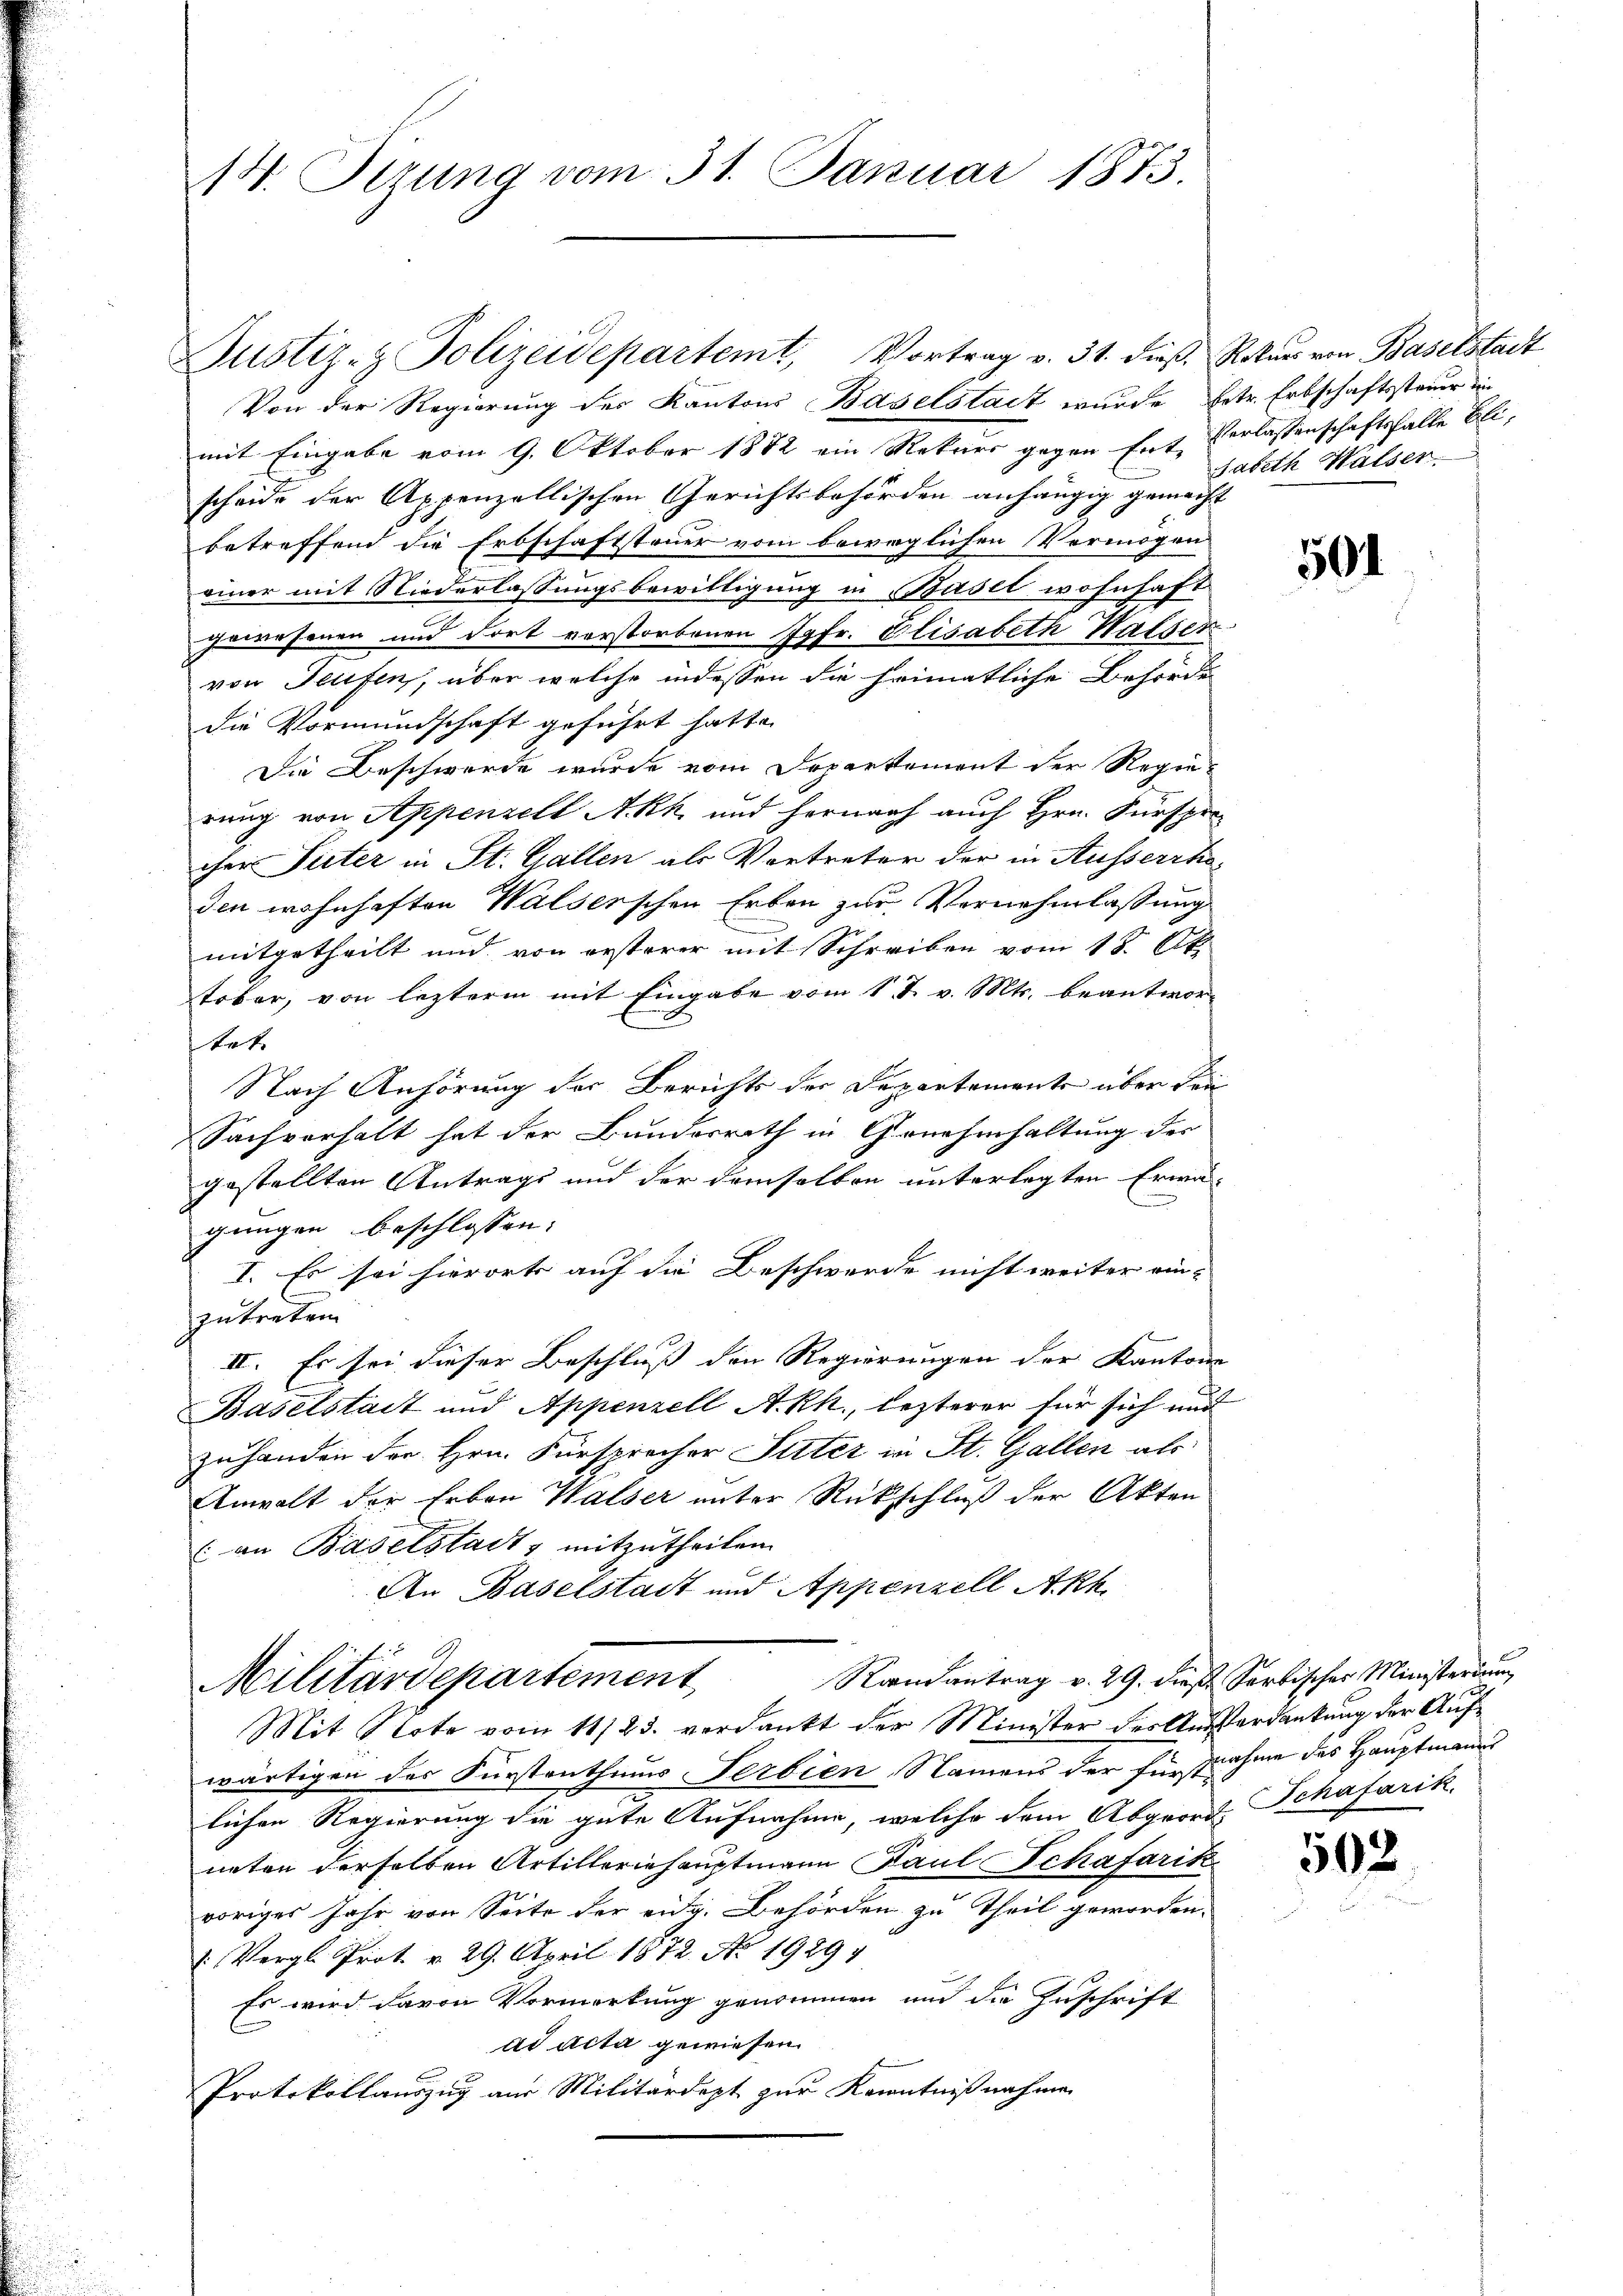
14. Derung vom 31. Januar 1873.

Justiz- & Polizeidepartemt, Vortrag v. 31. dieß, Rekurs von Baselstadt
Von der Regierung der Kantons Baselstadt wurde betr. Erbschaftssteuer die
mit Eingabe vom 9. Oktober 1882 ein Rekurs gegen Ent Verlassenschaftsfalle Blischeide der Appenzellischen Gerichtsbehörden anhängig gemacht
betreffend die Erbschaftsteuer vom beweglichen Vermögen
einer mit Niederlassungsbewilligung in Basel wohnhaft
gewesenen und Fort vorstorbenen Jgfr. Elisabeth Walser
von Teufen, über welche indessen die heimatliche Behörde
die Vormundschaft geführt hatte.
Die Beschwerde wurde vom Departement der Regierung von Appenzell A.Rh. und hernach auch Hrn. Fürspre
cher Pieter in St. Gallen als Vortreter der in Ausserrhoden wohnhaften Walserschen Erben zur Vernehmlassung
mitgetheilt und von ersterer mit Schreiben vom 18. Ok
tober, von lezterm mit Eingabe vom 1 t v. Mts. beantwortat.
Nach Anhörung der Berichts der Departemente über den
Sachverhalt hat der Bundesrath in Genehmhaltung der
gestellten Antrags und der demselben unterlegten Erwä-
gungen beschlossen:
I. Es sei hierort auf die Beschwerde nicht weiter ein-
zutreten
II. Es sei dieser Beschluss den Regierungen der Kanton
Baselstadt und Appenzell A.-Rh., lezterer für sich und
zuhanden der Hrn. Fürsprecher Suter in St. Gallen als
Anwalt der Erben Walser unter Rückschluß der Akten
an Baselstadt, mitzutheilen.
An Baselstadt und Appenzell Akk
Randantrag v. 29. dieß Sarkischer Ministerium
Militärdepartement
Mit Note vom 11/23. verdankt der Minister der Ausserdankung der Aufwärtigen des Fürstenthums Serbien, Namens der Fürstnahme des Hauptmanns
lichen Regierung die gute Aufnahme, welche dem Abgeord, Schafarik
neten derselben Artilleriehauptmann Paul Schafarik
voriges Jahr von Seite der eidg. Behörden zu Theil geworden.
 Vergl. Prot. v. 29. April 1872 No 1929
Es wird davon Vormerkung genommen und die Zuschrift
ad acta gewiesen.
Protokollauszug aus Militärdept zur Kenntnißnahmen

Jabeth Halser

501

502